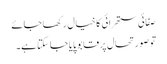
صفائی ستھرائی کا خیال رکھا جائے
تو صورتحال پر قابو پایا جاسکتا ہے۔